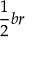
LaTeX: { \frac { 1 } { 2 } } b r